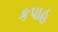
કપાહ